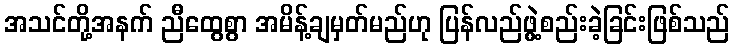
အသင်တို့အနက် ညီထွေစွာ အမိန့်ချမှတ်မည်ဟု ပြန်လည်ဖွဲ့စည်းခဲ့ခြင်းဖြစ်သည်